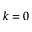
k = 0